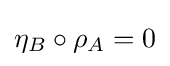
\eta _{B}\circ \rho _{A}=0